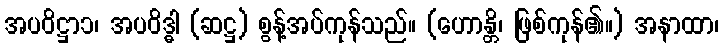
အပဝိဋ္ဌာ၁၊ အပဝိဒ္ဓါ (ဆဋ္ဌ) စွန့်အပ်ကုန်သည်။ (ဟောန္တိ၊ ဖြစ်ကုန်၏။) အနာထာ၊